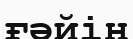
ғәйін